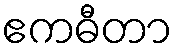
ဧကဓီတာ